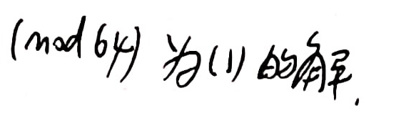
$(\bmod 64)$为\((11)$的商幂.